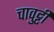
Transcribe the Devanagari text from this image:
चावुट्टी